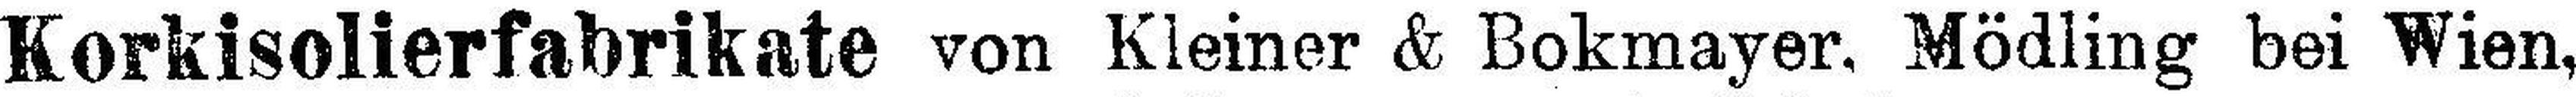
Korkisolierfabrikate von Kleiner & Bokmayer. Mödling bei Wien,